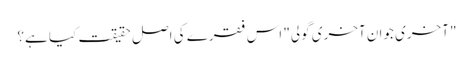
"آخری جوان آخری گولی" اس فقرے کی اصل حقیقت کیا ہے؟